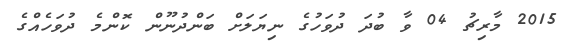
2015 މާރިޗު 04 ވާ ބުދަ ދުވަހުގެ ނިޔަލަށް ބަންދުނޫން ކޮންމެ ދުވަހެެއްގެ